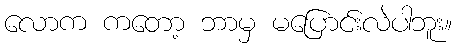
လောက ကတော့ ဘာမှ မပြောင်းလဲပါဘူး။